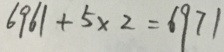
6 9 6 1 + 5 \times 2 = 6 9 7 1